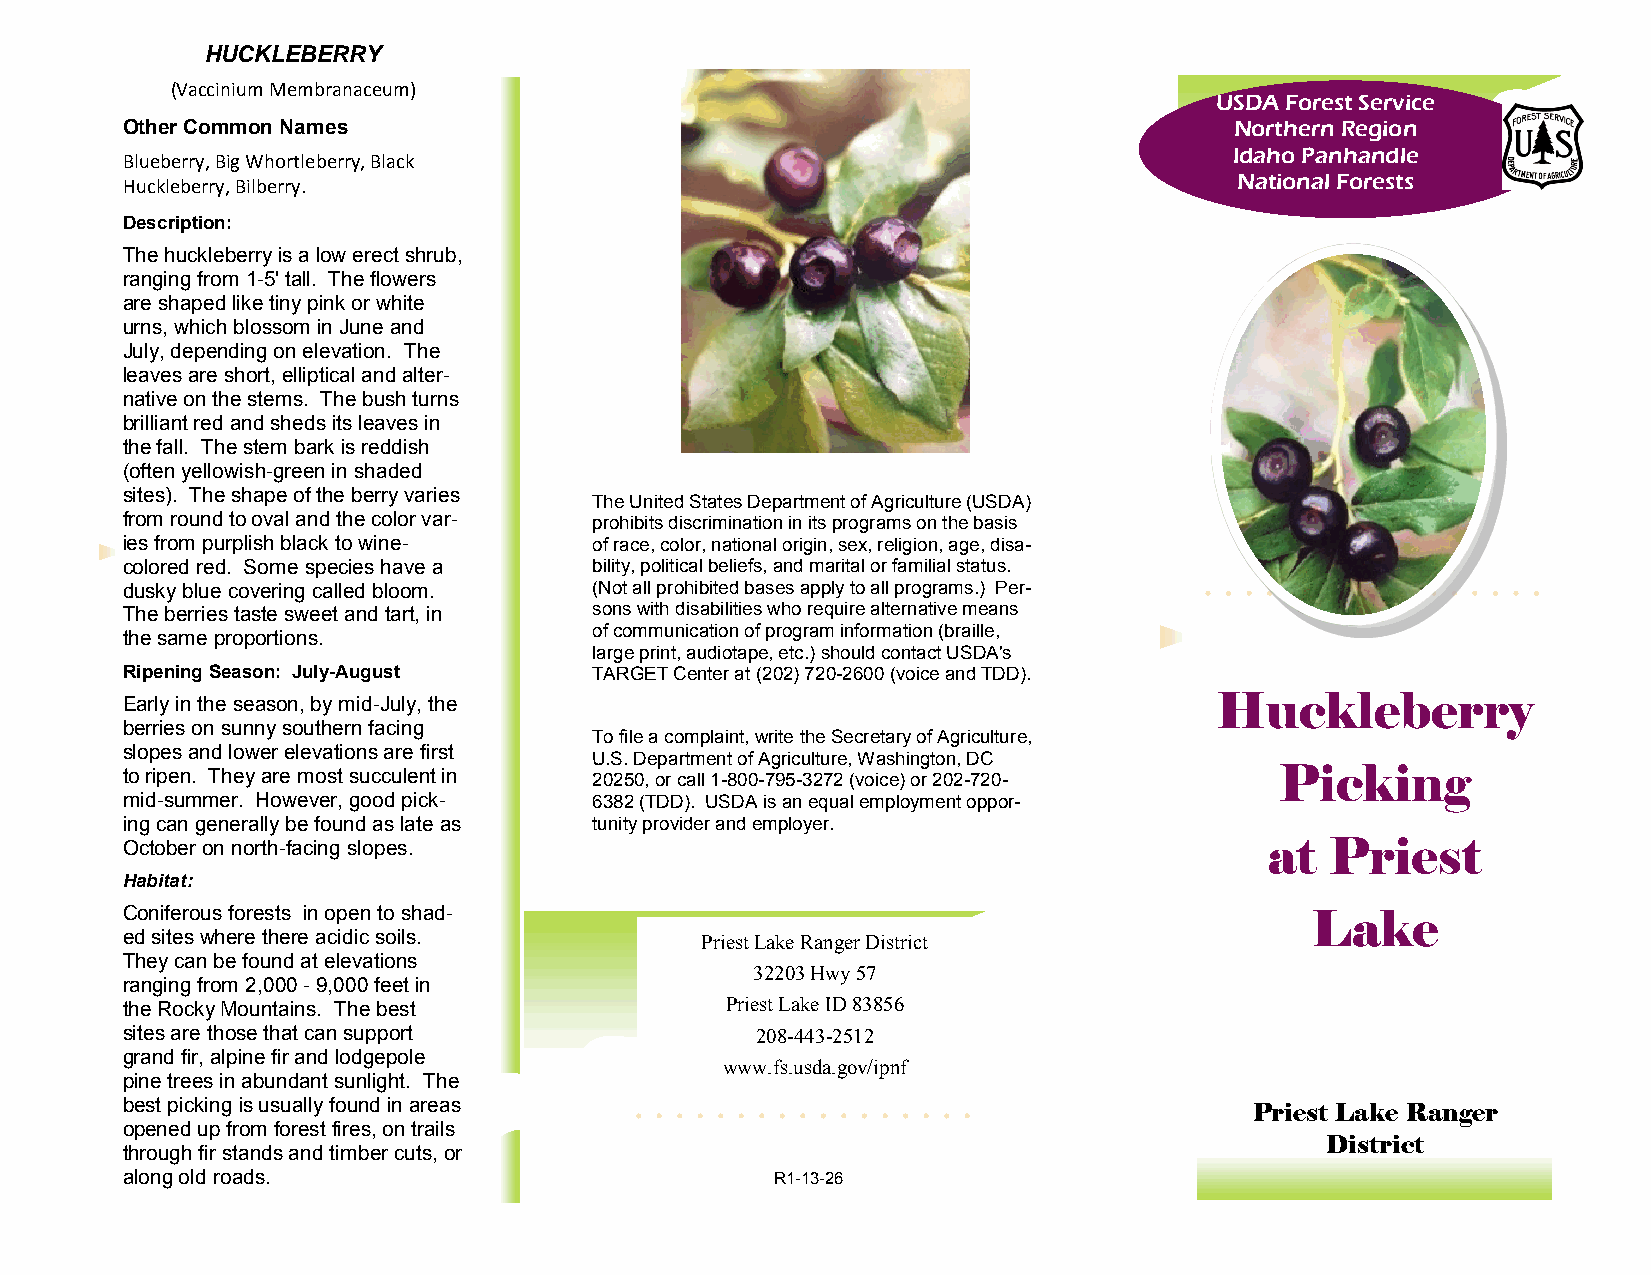
HUCKLEBERRY
 (Vaccinium Membranaceum)
 USDA Forest Service
 Other Common Names                                                        Northern Region
 Idaho Panhandle
 Blueberry, Big Whortleberry, Black
 Huckleberry, Bilberry.                                                    National Forests
 Description:
 The huckleberry is a low erect shrub,
 ranging from 1-5' tall. The flowers
 are shaped like tiny pink or white
 urns, which blossom in June and
 July, depending on elevation. The
 leaves are short, elliptical and alter-
 native on the stems. The bush turns
 brilliant red and sheds its leaves in
 the fall. The stem bark is reddish
 (often yellowish-green in shaded
 sites). The shape of the berry varies
 The United States Department of Agriculture (USDA)
 from round to oval and the color var- prohibits discrimination in its programs on the basis
 ies from purplish black to wine- of race, color, national origin, sex, religion, age, disa-
 colored red. Some species have a bility, political beliefs, and marital or familial status.
 dusky blue covering called bloom. (Not all prohibited bases apply to all programs.) Per-
 The berries taste sweet and tart, in sons with disabilities who require alternative means
 of communication of program information (braille,
 the same proportions.
 large print, audiotape, etc.) should contact USDA's
 Ripening Season: July-August   TARGET Center at (202) 720-2600 (voice and TDD).
 Early in the season, by mid-July, the                                   Huckleberry
 berries on sunny southern facing
 To file a complaint, write the Secretary of Agriculture,
 slopes and lower elevations are first
 U.S. Department of Agriculture, Washington, DC
 to ripen. They are most succulent in 20250, or call 1-800-795-3272 (voice) or 202-720- Picking
 mid-summer. However, good pick- 6382 (TDD). USDA is an equal employment oppor-
 ing can generally be found as late as tunity provider and employer.
 October on north-facing slopes.                                             at  Priest
 Habitat:
 Coniferous forests in open to shad-                                            Lake
 ed sites where there acidic soils.    Priest Lake Ranger District
 They can be found at elevations
 32203 Hwy 57
 ranging from 2,000 - 9,000 feet in
 the Rocky Mountains. The best           Priest Lake ID 83856
 sites are those that can support          208-443-2512
 grand fir, alpine fir and lodgepole
 www.fs.usda.gov/ipnf
 pine trees in abundant sunlight. The
 best picking is usually found in areas
 Priest Lake Ranger
 opened up from forest fires, on trails
 District
 through fir stands and timber cuts, or
 along old roads.                           R1-13-26